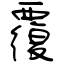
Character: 覆